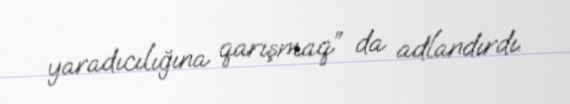
yaradıcılığına qarışmaq” da adlandırdı.